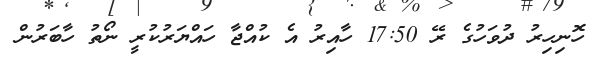
ހޮނިހިރު ދުވަހުގެ ރޭ 17:50 ހާއިރު އެ ކުއްޖާ ހައްޔަރުކުރީ ނޯތު ހާބަރުން